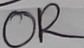
Text: OR